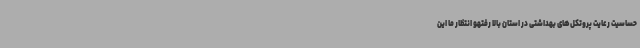
حساسیت رعایت پروتکل‌های بهداشتی در استان بالا رفتهو انتظار ما این